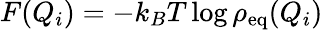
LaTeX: F(Q_{i})=-k_{B}T\log\rho_{\mathrm{eq}}(Q_{i})